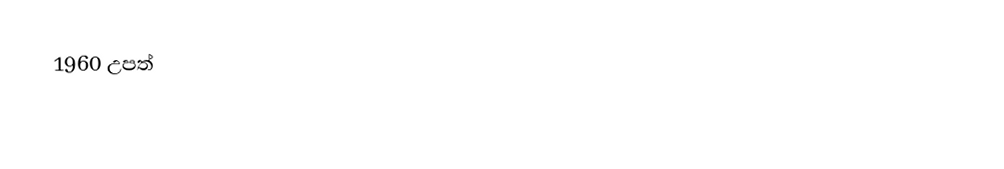
1960 උපත්